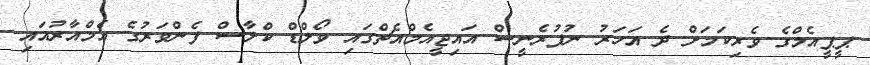
ޕީޕީއެމްގެ ވެރިކަމަށް ދެ އަހަރު ނުފުރެނީސް އައިޖީއެމްއެޗްގައި ވޯލްޑް ކްލާސް ފެންވަރުގެ އެމްއާރުއައި